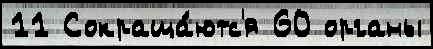
11 Сокраща́ютс'я 60 органы